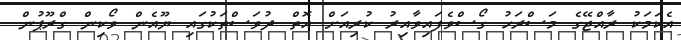
އެކަމަކު ރާއްޖޭގެ މަސްރަހު ގޯސްވެފައިވާއިރު ކުރިއަށް އޮތް ދުވަސްތަކުގައި ޔޫއެން ވޯކިން ގްރޫޕުން